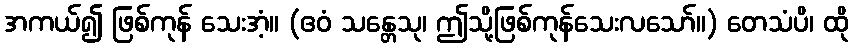
အကယ်၍ ဖြစ်ကုန် သေးအံ့။ (ဧဝံ သန္တေသု၊ ဤသို့ဖြစ်ကုန်သေးလသော်။) တေသံပိ၊ ထို